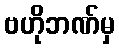
ဗဟိုဘဏ်မှ